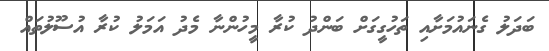
ބަދަލު ގެނައުމަށާއި ތަހުގީގަށް ބަންދު ކުރާ މީހުންނާ މެދު އަމަލު ކުރާ އުސޫލުތައް